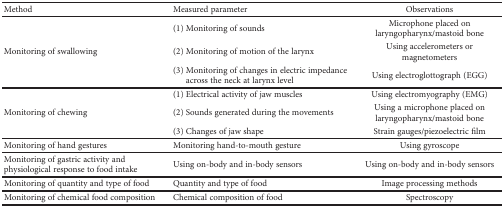
| Method | Measured parameter | Observations |
 | --- | --- | --- |
 | <ROWSPAN=3> Monitoring of swallowing | (1) Monitoring of sounds | Microphone placed on laryngopharynx/mastoid bone |
 | (2) Monitoring of motion of the larynx | Using accelerometers or magnetometers |
 | (3) Monitoring of changes in electric impedance across the neck at larynx level | Using electroglottograph (EGG) |
 | <ROWSPAN=3> Monitoring of chewing | (1) Electrical activity of jaw muscles | Using electromyography (EMG) |
 | (2) Sounds generated during the movements | Using a microphone placed on laryngopharynx/mastoid bone |
 | (3) Changes of jaw shape | Strain gauges/piezoelectric film |
 | Monitoring of hand gestures | Monitoring hand-to-mouth gesture | Using gyroscope |
 | Monitoring of gastric activity and physiological response to food intake | Using on-body and in-body sensors | Using on-body and in-body sensors |
 | Monitoring of quantity and type of food | Quantity and type of food | Image processing methods |
 | Monitoring of chemical food composition | Chemical composition of food | Spectroscopy |